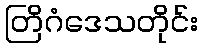
တြိဂံဒေသတိုင်း